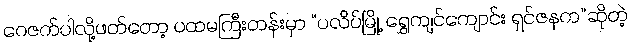
ဂေဇက်ပါလို့ဖတ်တော့ ပထမကြီးတန်းမှာ “ပလိပ်မြို့ ရွှေကျင်ကျောင်း ရှင်ဇနက”ဆိုတဲ့